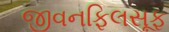
જીવનફિલસૂફ